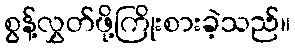
စွန့်လွှတ်ဖို့ကြိုးစားခဲ့သည်။